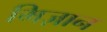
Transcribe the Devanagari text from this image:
मिज़ान